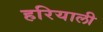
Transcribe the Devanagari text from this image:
हरियाली